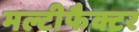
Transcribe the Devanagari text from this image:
मल्टीफैक्टर